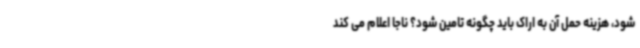
شود، هزینه حمل آن به اراک باید چگونه تامین شود؟ ناجا اعلام می کند